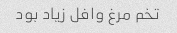
تخم مرغ وافل زیاد بود